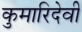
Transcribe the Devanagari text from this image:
कुमारिदेवी